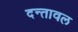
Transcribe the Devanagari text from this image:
दन्तावल